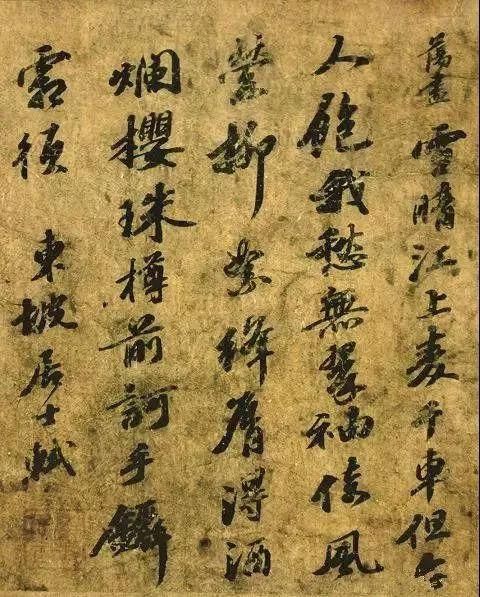
万顷风涛不记苏。雪晴江上麦千车。但令人饱我愁无。